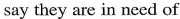
say they are in need of